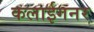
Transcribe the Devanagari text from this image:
कलाईगनर